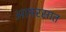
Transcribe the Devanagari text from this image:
आमरसात